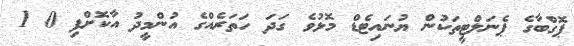
ޕޮގްބާގެ ޕެނަލްޓީތަކުން ޔުނައިޓެޑް މޮޅުވެ ގަދަ ހަތަރެއްގެ އުންމީދު އާކޮށްފި 0 1